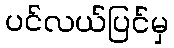
ပင်လယ်ပြင်မှ